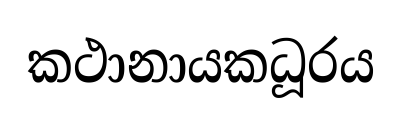
කථානායකධූරය